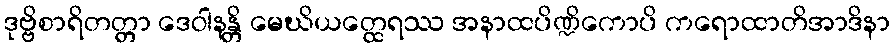
ဒုဗ္ဗိစာရိတတ္တာ ဒေဝါနန္တိ မေဃိယတ္ထေရဿ အနာထပိဏ္ဍိကောပိ ကရောထာတိအာဒိနာ